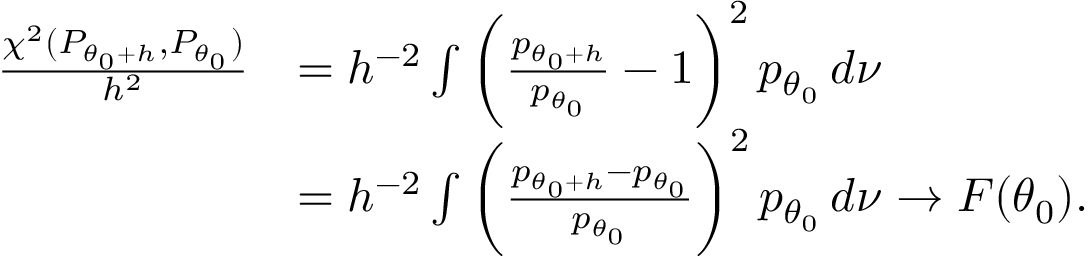
\begin{array} { r l } { \frac { \chi ^ { 2 } ( P _ { { \theta _ { 0 } } + h } , P _ { \theta _ { 0 } } ) } { h ^ { 2 } } } & { = h ^ { - 2 } \int \bigg ( \frac { p _ { { \theta _ { 0 } } + h } } { p _ { \theta _ { 0 } } } - 1 \bigg ) ^ { 2 } \, p _ { \theta _ { 0 } } \, d \nu } \\ & { = h ^ { - 2 } \int \bigg ( \frac { p _ { { \theta _ { 0 } } + h } - p _ { \theta _ { 0 } } } { p _ { \theta _ { 0 } } } \bigg ) ^ { 2 } \, p _ { \theta _ { 0 } } \, d \nu \rightarrow F ( { \theta _ { 0 } } ) . } \end{array}